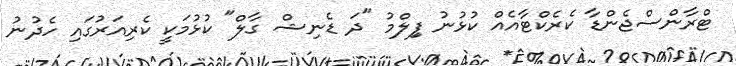
ޓްރާންސްޖެންޑާ ކެރެކްޓާއެއް ކުޅުނު ފިިލްމު "ދަ ޑެނިޝް ގާލް" ކުޅުމަކީ ކެރިއަރުގައި ހެދުނު